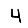
Digit: 4